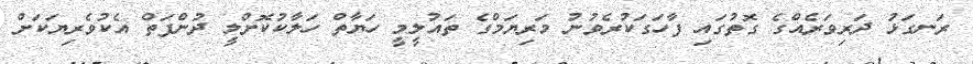
ރަނގަޅު ދަރިވަރެއްގެ ގޮތުގައި ފާހަގަކުރެވުނު މަރިޔަމްގެ ތައުލީމީ ހަޔާތް ހަލާކުކޮށްލީ ދުންފަތް އެކުވެރިޔަކަށް